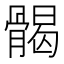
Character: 𩩲